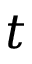
t